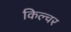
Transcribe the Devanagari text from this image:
किल्चर